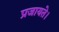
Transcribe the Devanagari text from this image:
प्रजायते।